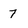
Character: 7